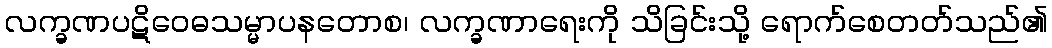
လက္ခဏပဋိဝေဓသမ္မာပနတောစ၊ လက္ခဏာရေးကို သိခြင်းသို့ ရောက်စေတတ်သည်၏